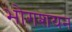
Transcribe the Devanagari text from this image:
भोगशयन